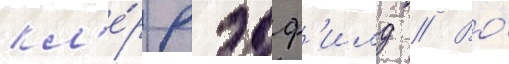
кл'е́р рэдф'илд // Во́